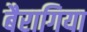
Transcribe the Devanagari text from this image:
बैरागिया